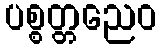
ပစ္စတ္တညေဝ